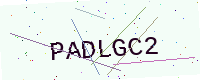
Text: PADLGC2